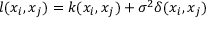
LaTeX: l ( x _ { i } , x _ { j } ) = k ( x _ { i } , x _ { j } ) + \sigma ^ { 2 } \delta ( x _ { i } , x _ { j } )